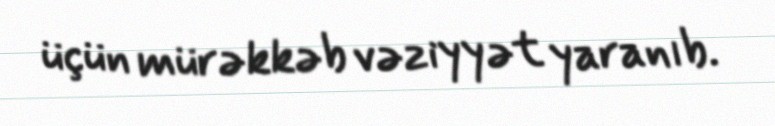
üçün mürəkkəb vəziyyət yaranıb.